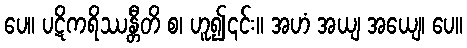
ပေ။ ပဋိကရိဿန္တီတိ စ၊ ဟူ၍၎င်း။ အဟံ အယျ အယျေ၊ ပေ။